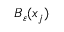
B _ { \varepsilon } ( x _ { j } )